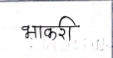
मजकूर: भाकरी